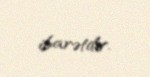
ibarətdir.